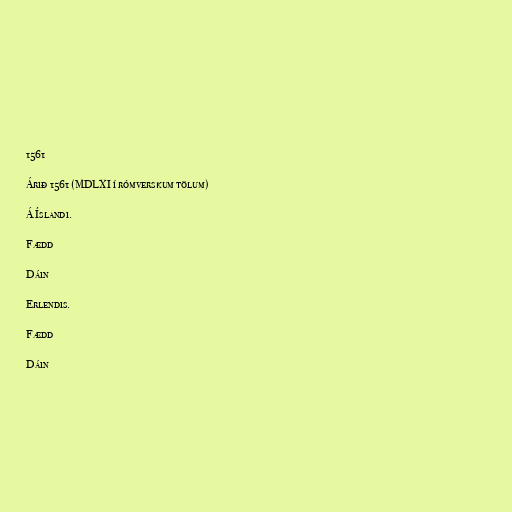
1561

Árið 1561 (MDLXI í rómverskum tölum)

Á Íslandi.

Fædd

Dáin

Erlendis.

Fædd

Dáin